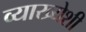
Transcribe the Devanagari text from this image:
व्याख्येशी